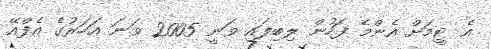
އެ ޓީމަށް އެންމެ ފަހުން ލިބިފައި ވަނީ 2005 ވަނަ އަހަރުގެ އެފްއޭ